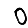
Digit: 0